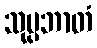
သုပ္ပဘာတံ